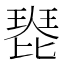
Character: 𤧰